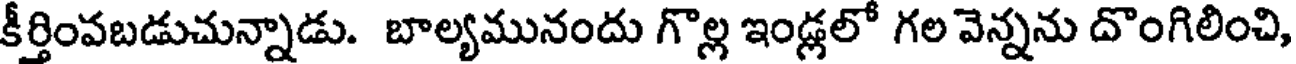
కీర్తింవబడుచున్నాడు. బాల్యమునందు గొల్ల ఇండ్లలో గల వెన్నను దొంగిలించి,